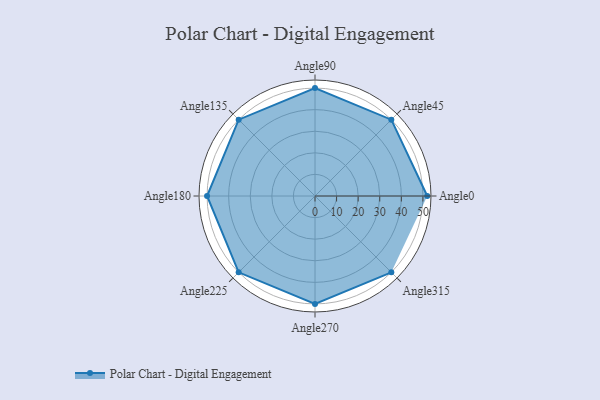
{"axis": {"x": "Angle", "y": "Radius"}, "legend": [""], "data": [{"x": "Angle0", "y": 52.0, "type": ""}, {"x": "Angle45", "y": 50, "type": ""}, {"x": "Angle90", "y": 50.0, "type": ""}, {"x": "Angle135", "y": 50, "type": ""}, {"x": "Angle180", "y": 50, "type": ""}, {"x": "Angle225", "y": 50, "type": ""}, {"x": "Angle270", "y": 50, "type": ""}, {"x": "Angle315", "y": 50, "type": ""}]}